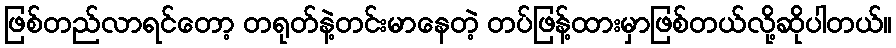
ဖြစ်တည်လာရင်တော့ တရုတ်နဲ့တင်းမာနေတဲ့ တပ်ဖြန့်ထားမှာဖြစ်တယ်လို့ဆိုပါတယ်။